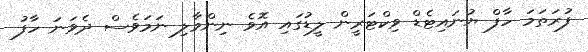
ފުރަތަމަ ހާފް ޔުނައިޓެޑް ވިކްޓަރީން ލީޑުގައި އޮވެ ނިންމާލި ނަމަވެސް ދެވަނަ ހާފު